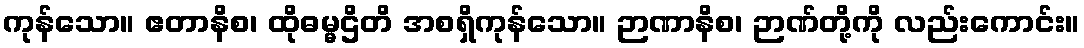
ကုန်သော။ ဧတာနိစ၊ ထိုဓမ္မဌိတိ အစရှိကုန်သော။ ဉာဏာနိစ၊ ဉာဏ်တို့ကို လည်းကောင်း။